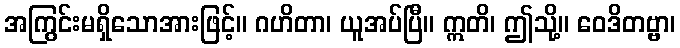
အကြွင်းမရှိသောအားဖြင့်။ ဂဟိတာ၊ ယူအပ်ပြီ။ ဣတိ၊ ဤသို့။ ဝေဒိတဗ္ဗာ၊